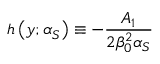
h \left( y ; \alpha _ { S } \right) \equiv - \frac { A _ { 1 } } { 2 \beta _ { 0 } ^ { 2 } \alpha _ { S } }